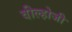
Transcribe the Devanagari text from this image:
वील्होजी